Scientific memoirs by medical officers of the Army of India - Part XI,
Year: 1898
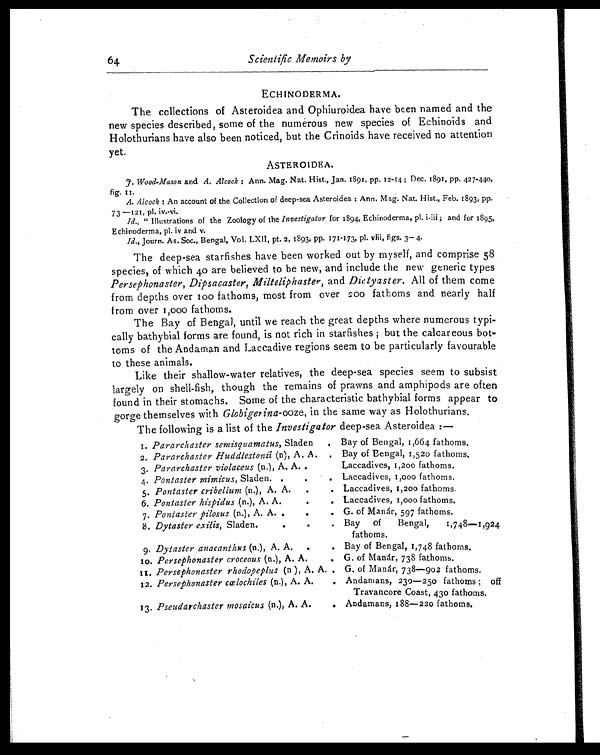
64
Scientific Memoirs by
ECHINODERMA.
The collections of Asteroidea and Ophiuroidea have been named and the
new species described, some of the numerous new species of Echinoids and
Holothurians have also been noticed, but the Crinoids have received no attention
yet.
ASTEROIDEA.
J. Wood-Mason and A. Alcock: Ann. Mag. Nat. Hist., Jan. 1891, pp. 12-14; Dec. 1891, pp. 427-440,
fig.II.
A. Alcock : An account of the Collection of deep-sea Asteroidea: Ann. Mag. Nat. Hist., Feb. 1893, pp.
73—121, pl. iv.-vi.
Id., " Illustrations of the Zoology of the Investigator for 1894, Echinoderma, pl. i-iii; and for 1895,
Echinoderma, pl. iv and v.
Id., Journ. As. Soc., Bengal, Vol. LXII, pt. 2, 1893, pp. 171-173, pl. viii, figs. 3–4
.
The deep-sea starfishes have been worked out by myself, and comprise 58
species, of which 40 are believed to be new, and include the new generic types
Persephonaster, Dipsacaster, Milteliphaster, and Dictyaster. All of them come
from depths over 100 fathoms, most from over 200 fathoms and nearly half
from over 1,000 fathoms.
The Bay of Bengal, until we reach the great depths where numerous typi-
cally bathybial forms are found, is not rich in starfishes; but the calcareous bot-
toms of the Andaman and Laccadive regions seem to be particularly favourable
to these animals.
Like their shallow-water relatives, the deep-sea species seem to subsist
largely on shell-fish, though the remains of prawns and amphipods are often
found in their stomachs. Some of the characteristic bathybial forms appear to
gorge themselves with Globigerina -ooze, in the same way as Holothurians.
The following is a list of the Investigator deep-sea Asteroidea:—
1. Pararchaster semisquamatus, Sladen
. Bay of Bengal, 1,664 fathoms.
2. Pararchaster Huddlestonii (n), A. A. . Bay of Bengal, 1,520 fathoms.
3. Pararchaster violaceus (n.), A. A. .
Laccadives, 1,200 fathoms.
4. Pontaster mimicus, Sladen. .
.
. Laccadives, 1,000 fathoms.
5. Pontaster cribellum (n.), A. A.
.
. Laccadives, 1,200 fathoms.
6. Pontaster hispidus (n.), A. A.
. Laccadives, 1,000 fathoms.
7. Pontaster pilosus (n.), A. A. .
.
. G. of Manár, 597 fathoms,
8. Dytaster exilis, Sladen.
.
.
. Bay of Bengal, 1,748—1,924
fathoms.
9. Dytaster anacanthus (n.), A. A.
.
. Bay of Bengal, 1,748 fathoms,
10. Persephonaster croceous (n.), A. A.
. G. of Manár, 738 fathoms.
11. Persephonaster rhodopeplus (n ), A. A. . G. of Manár, 738—902 fathoms.
12. Persephonaster cælochiles (n.), A. A.
. Andamans, 230—250 fathoms; off
Travancore Coast, 430 fathoms.
13. Pseudarchaster mosaicus (n.), A. A.
. Andamans, 188—220 fathoms.